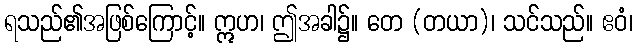
ရသည်၏အဖြစ်ကြောင့်။ ဣဟ၊ ဤအခါ၌။ တေ (တယာ)၊ သင်သည်။ ဧဝံ၊